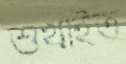
শুখাইত